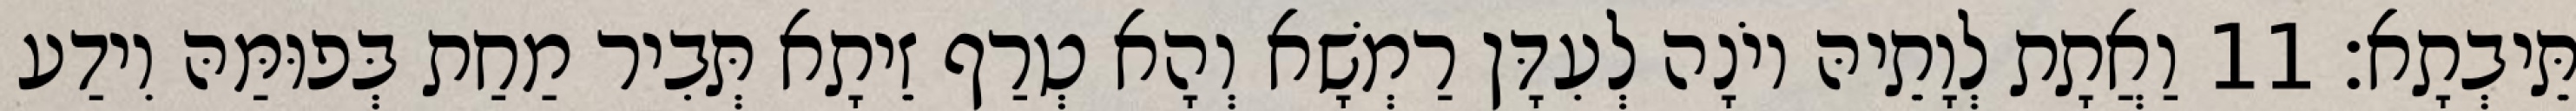
תֵּיבְתָא׃ 11 וַאֲתָת לְוָתֵיהּ יוֹנָה לְעִדָּן רַמְשָׁא וְהָא טְרַף זֵיתָא תְּבִיר מַחַת בְּפוּמַּהּ וִידַע